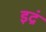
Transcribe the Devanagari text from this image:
इद्रं